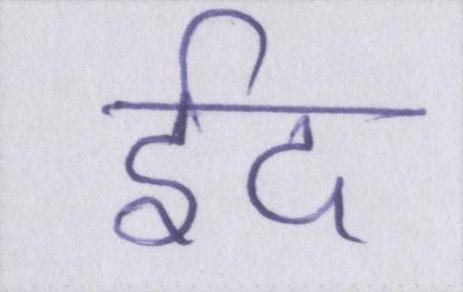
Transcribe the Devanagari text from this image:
ईद